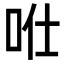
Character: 𠱊